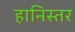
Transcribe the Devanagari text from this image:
हानिस्तर